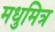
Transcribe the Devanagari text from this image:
मधुमित्र